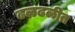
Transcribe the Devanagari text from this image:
ढळढळीत